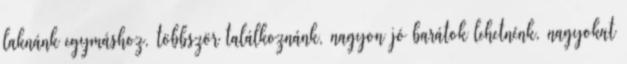
laknánk egymáshoz, többször találkoznánk, nagyon jó barátok lehetnénk, nagyokat